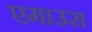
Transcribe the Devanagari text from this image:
एमाउस